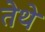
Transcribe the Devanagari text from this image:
तेेथे